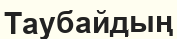
Таубайдың